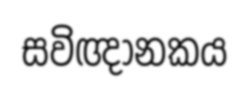
සවිඥානකය